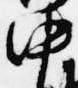
中